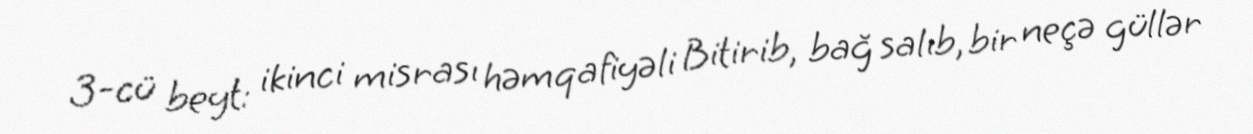
3-cü beyt: ikinci misrası həmqafiyəli Bitirib, bağ salıb, bir neçə güllər